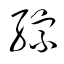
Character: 綜